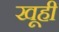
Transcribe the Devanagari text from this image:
खूही